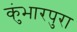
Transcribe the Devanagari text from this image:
कुंभारपुरा